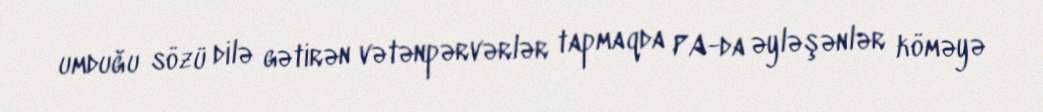
umduğu sözü dilə gətirən vətənpərvərlər tapmaqda PA-da əyləşənlər köməyə